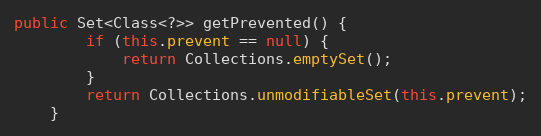
Language: Java
public Set<Class<?>> getPrevented() {
        if (this.prevent == null) {
            return Collections.emptySet();
        }
        return Collections.unmodifiableSet(this.prevent);
    }